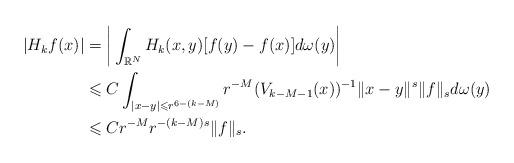
LaTeX: \begin{align*} |H_kf(x)| &=\bigg|\int_{\Bbb R^N} H_k(x,y)[f(y)-f(x)]d\omega(y)\bigg|\\ &\leqslant C\int_{|x-y|\leqslant r^{6-(k-M)}}r^{-M}(V_{k-M-1}(x))^{-1}\|x-y\|^s\|f\|_sd\omega(y)\\ &\leqslant Cr^{-M}r^{-(k-M)s}\|f\|_s. \end{align*}